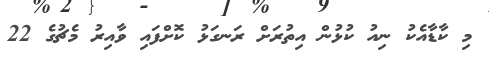
މި ކާޑާއެކު ނިއު ކުޅުން އިތުރަށް ރަނގަޅު ކޮށްފައި ވާއިރު މެޗުގެ 22